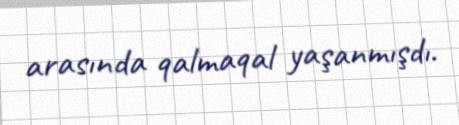
arasında qalmaqal yaşanmışdı.